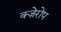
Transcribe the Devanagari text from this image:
क्ज़ेरोप